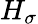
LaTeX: H_{\sigma}